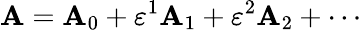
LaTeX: \mathbf{A}=\mathbf{A}_{0}+\varepsilon^{1}\mathbf{A}_{1}+\varepsilon^{2}\mathbf{A}_{2}+\cdots